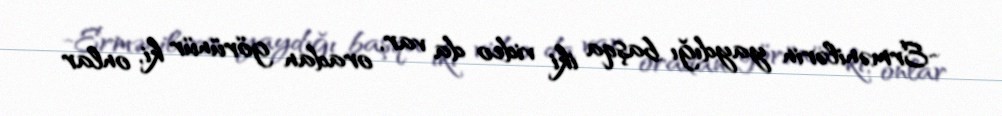
-Ermənilərin yaydığı başqa iki video da var, oradan görünür ki, onlar